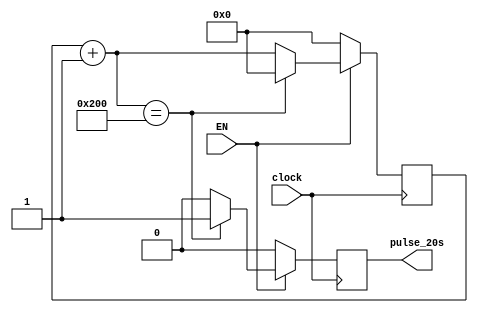
/*
Mdulo para emitir um pulso aps aproximadamente 20s.
Contagem s  feita enquanto EN for nivl ALTO
*/

module Temporizador_20s(pulse_20s, clock, EN);
	input clock, EN;
	output reg pulse_20s;
	reg [9:0] count;


	always @(posedge clock) begin
		pulse_20s = 1'b0;
		if (EN) begin
			count = count + 10'b0000000001;
			if (count == 10'b1000000000) begin //Se atingir a contagem de 20s, reinicia ou conta de 10s
				count = 10'b0000000000;
				pulse_20s = 1'b1;
			end
		end
		else begin
			count = 10'b0000000000;
		end
	end
	
endmodule